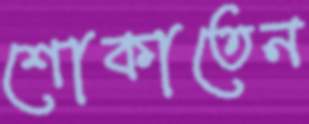
শোকাতেন